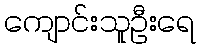
ကျောင်းသူဦးရေ